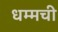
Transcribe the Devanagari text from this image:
धम्मची